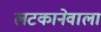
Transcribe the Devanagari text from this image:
लटकानेवाला